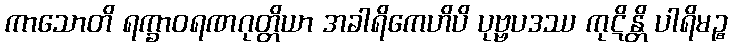
ကာသောတိ ရက္ခာဝရဏဂုတ္တိယာ အခါရိကေဟိပိ ပုဗ္ဗပဒဿ ကုဋိန္တိ ပါရိမဉ္စ